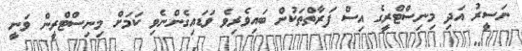
ނަސީރު އަދި މިނިސްޓްރީގެ އިސް ފަރާތްތަކުން ބައިވެރިވެ ވަޑައިގެންނެވި ކަމަށް މިނިސްޓްރީން ވަނީ